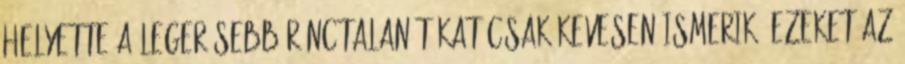
helyette A legerősebb ránctalanítókat csak kevesen ismerik: ezeket az